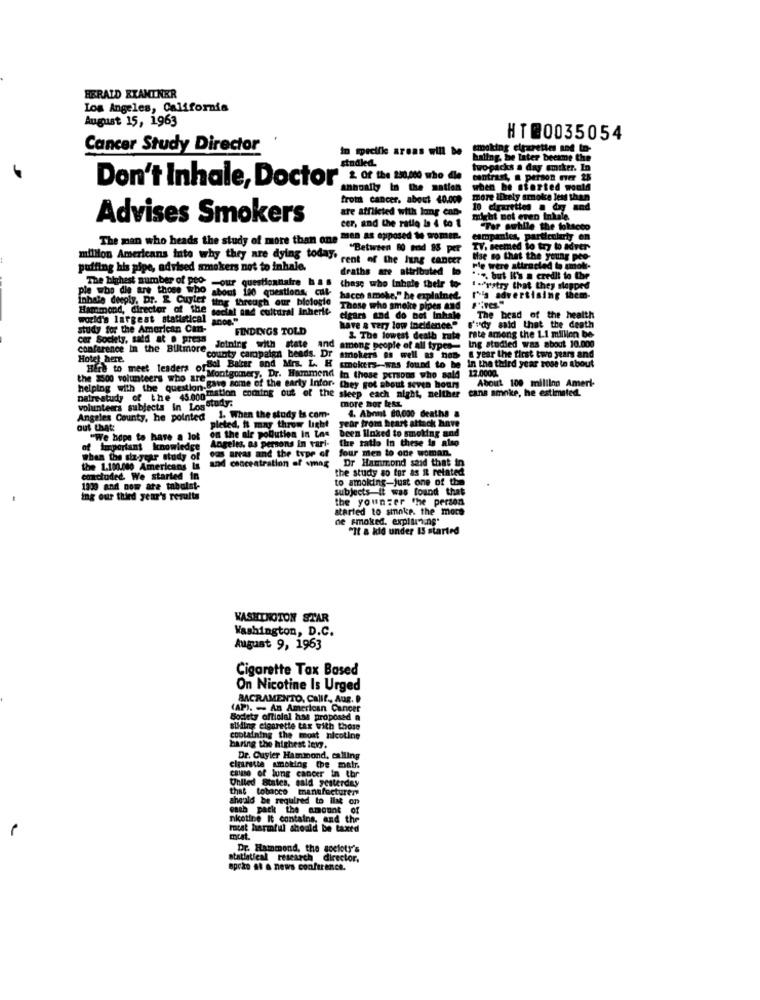
HERALD EXAMINER
Los Angeles, California
August 15, 1963
HT@0035054
Cancer Study Director
In specific areas will be
making cigarettes and to-
stndled.
haling. be later became the
twopacks a day smiker. In
Don't Inhale, Doctor
2. Of the 230,000 who die
contrast, a person ever 28
Annually In the nation
when be started woold
from cancer, about 40.000
more likely srnoite less than
are afflicted with long can-
Advises Smokers
cer, and the ratlo Ia 4 to 1
might not even Inkale.
"Tar awhile the tobacco
The man who heads the study of more than one"
men as opposed te women.
campanies, particularly en
"Between 80 mod 95 per
TV, seemed to try to adver-
million Americans inte why they are dying today' cent of the lung cancer
Mise so that the young pee-
puffing his pipe, advised smokers not to inhale.
deaths are attributed
ple were attracted to umoli-
The highest number of pro-
thase who Inhale their to-
" ... but It's a credit to the
ple who die are those who about 190 questions; Cull-
Pour questionnaire bas
1 -Prstry that they stopped
inhale deeply. Dr. E Cuyler ting through our biologie
hacch smoke," he explained.
riis advertising them.
Hammond, director of the social and cultural Inherit-
ocial and cultural Inherit
through our biologie
Those who smoke pipes and
world's largest statistical ance"
cigars and do not Inhale
The bead of the health
study for the American Can-
FINDINGS TOLD
have a very low incidence."
s'idy said that the death
car Society, said at @ press
3. The lowest death rute rate among the 1.1 million be
Ing studied was about 10.000
conference In the Biltmore
Joining with state and among people of all types-
Hotel here.
"county campaign beads. Dr smokers as well as nos a year the first two years and
a year the first two years and
In the third year rose to about
Here to meet leaders ofSal Bater and Mrs. L. H smokers-was found to be
Montgomery. Dr. Hammend In these persons who sold
12.0000.
helping with the question-bie
helping with the question gato some of the early Infor- they got about sevea bours
Hmstion coming out of the sleep each night, neither
they got about seven bours
About 100 milling Ameri
cans smoke, he estimated
Daire study of the 45.000
more mor text
volunteers subjects in Log study:
Angeles County, he pointed 1. When the study is com-
4. Abont 80,000 deaths &
out that:
pleted. it may throw light
been Hoked to smoking and
year from heart attack have
"We hope to have a lot
on the air pollution In Los
Angeles, as persons in vari-
the tatlo In these is also
of important knowledge
o arras and the type of four men to one woman.
when the sha-year study of
and concentration of smag
Dr Hammond said that in
the 1.100.080 Americans
the study so for as it related
emactudet. We started in
to smoking-just one of the
1200 and now ate tabulat-
subjects-it was found that
ing our third year's results
the younger the person
started to smoke. the more
ne smoked. explains"
"It a kid under IS started
WASHINGTON STAR
Washington, D.C.
August 9, 1963
Cigarette Tax Based
On Nicotine Is Urged
SACRAMENTO, Callt, AUR. D
(AP). - An American Cancer
Bodlety official has proposed a
sliding cigarette tax with those
containing the most nicotine
haring the highest tens.
Dr. Cuyler Hammond, calling
cigarette smoking the malr.
caisse of lung cancer in thr
United States, sald yesterday
that tobacco manufacturer
should be required to ilit on
cash pack the amount
nietine It contains, and the
Forst harmful should be taxed
mcat.
Dr. Hainmond, the acelots's
statistical research director,
apcko at a news conference.